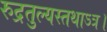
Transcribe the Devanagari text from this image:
रुद्रतुल्यस्तथाऽत्र।